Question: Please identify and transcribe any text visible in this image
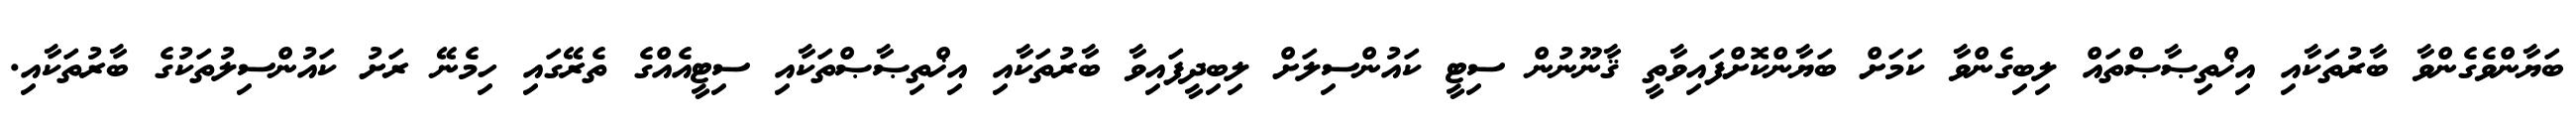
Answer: ބަޔާންވެގެންވާ ބާރުތަކާއި އިޚްތިޞާޞްތައް ލިބިގެންވާ ކަމަށް ބަޔާންކޮށްފައިވާތީ ޤާނޫނުން ސިޓީ ކައުންސިލަށް ލިބިދީފައިވާ ބާރުތަކާއި އިޚްތިޞާޞްތަކާއި ސިޓީއެއްގެ ތެރޭގައި ހިމެނޭ ރަށު ކައުންސިލުތަކުގެ ބާރުތަކާއި.